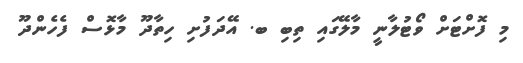
މި ފޮށްޓަށް ވޯޓުލާނީ މާލޭގައި ތިބި ބ. އޭދަފުށި ހިތާދޫ މާޅޮސް ފެހެންދޫ